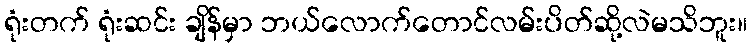
ရုံးတက် ရုံးဆင်း ချိန်မှာ ဘယ်လောက်တောင်လမ်းပိတ်ဆို့လဲမသိဘူး။